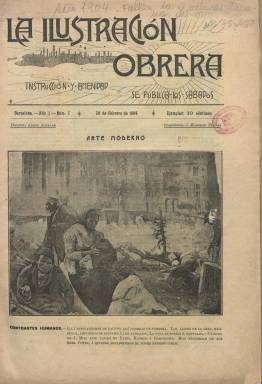
Título: La Ilustración obrera
Colección: Revistas de información general
Ámbito geográfico: Barcelona
Lugar de publicación: Barcelona
Fechas: 20/02/1904-17/12/1904

“Para el obrero nace” esta publicación, con el objeto de atajar la “incultura popular” y ante el sentimiento de “hambre de saber entre las clases desheredadas”, se dice en su artículo de presentación. Aparecerá cada jueves, desde el 20 de febrero de 1904, con asuntos de ciencias, inventos y aplicaciones técnicas, literatura, arte, actualidades, utilidades e instrucción, y en la que colaborarán a lo largo de sus diferentes épocas “plumas ilustres”, como fueron intelectuales de la talla de Joaquín Costa (1846-1911), Adolfo Álvarez Buylla (1850-1927), Miguel de Unamuno (1864-1936) o Rafael Altamira (1866-1951), y dirigentes obreros como Anselmo Lorenzo (1841-1914), Paul Lafargue (1842-1911), Pablo Iglesias (1850-1925) o Federico Urales, seudónimo del anarquista Juan Montseny Carret (1864-1942), entre otros. Juan Carlos Mainer (1978) dirá que es un claro ejemplo de “revista científica obrera” y “portavoz de la intelectualidad sensibilizada hacia los problemas sociales”, y en sus dos primeras entregas se publicarán cartas laudatorias de Unamuno, Eduardo Benot (1822-1907), Gumersindo de Azcárate (1840-1917), Jacinto Octavio Picón (1852-1923), Adolfo González Posada (1860-1944) y Santiago Alba (1872-1949).

Su propietario y editor es J. Masgrau Planas, que había adquirido previamente, en junio de 1903, la revista El Mundo científico (1899) y su primer director, Ángel Alcalde. Cada entrega, en formato folio menor, es de 14 páginas, con foliación seguida, y con una veintena de dibujos, reproducciones pictóricas o fotograbados, por lo que se llegará a calificar de revista obrerista “lujosamente ilustrada”. Su portada es ocupada completamente por una gran ilustración, generalmente un dibujo o una reproducción pictórica con cuadros de carácter social, de Lluís Graner (1863-1929), Ramón Casas (1866-1932), Ricard Opisso (1880-1966) o Pedro de Rojas, entre otros, pero también con fotografías de actualidad política.

“Instrucción y amenidad” es el lema que estampa junto a su cabecera en sus dos primeros números, y cuando haga repaso de su primer año de vida (número 53, de 18 de febrero de 1905), se referirá a su labor de “instruir deleitando” y “propagar la higiene”. El “tono pedagógico” será también el espíritu que inspire a este semanario, que, junto a ateneos, bibliotecas populares o la extensión universitaria, servirá para la culturalización de las clases obreras, coincidiendo con el regeneracionismo educativo de la época (Urrutia León : 1997), y en el caso de esta revista será a través de ofrecer conocimientos de novedades científicas y tecnológicas, de agricultura, arte o literatura, pero también a través de enseñar usos higiénicos, como se concreta en textos como La habitación y la salud o la sección especial Sin hogar sano no puede haber felicidad, dedicada a la casa del obrero, o en el artículo sobre la alimentación y el vestido, del libertario Donato Luben.

Entre sus secciones fijas se encuentra La crónica del sábado, en la que se da cuenta de temas de actualidad, que comenzará a firmar Joaquín Costa y después Juan José Lorente, Miguel de Unamuno o Anselmo Lorenzo. Su carácter informativo y de actualidad lo desarrolla ofreciendo también noticias de las reuniones, mítines, huelgas o subsistencias del movimiento obrero, así como reportajes como el publicado sobre la crisis internacional entre Rusia y Japón. También tratará asuntos educativos, como es el artículo Apuntes pedagógicos, firmado por Manuel Fatjó, o el reportaje sobre la Escuela Moderna de Villanueva y Geltrú. Tiene también secciones de bibliografía y biografía, y aparecerá algún texto sobre el teatro popular o se vulgarizará el derecho en otros firmados por León Pagot, que también dará cuenta de la creación del Instituto de Reformas Sociales. Junto a ello suma su labor divulgativa y de consejos útiles, con textos del propio Ángel Alcalde, Leocadio Martín Ruiz, Augusto Roldán, Francisco P. de Badía, Vicente Orení o el doctor Martínez Vargas. Así como otros de creación literaria, como es el cuento Mater dolorosa, de M. Turmo, y los de Manuel Ugarte, Ricardo León o Eduardo Marquina. Otros colaboradores son Pedro Dorado Moreno (1861-1919), Edmundo González Blanco (1877-1938) o Álvaro de Albornoz (1879-1954).

La colección de este título en la Biblioteca Nacional de España llega hasta la entrega número 44, de su segundo año de edición, correspondiente al 17 de diciembre de 1904, en la que se alcanza la página 700. Pero siguió publicándose, y en el número 73, correspondiente al ocho de julio de 1905, anuncia su despedida temporal y su fusión con la revista El Mundo científico, propiedad también de Masgrau Planas. Volverá a salir, indicando segunda época, pero manteniendo la secuencia, con la entrega número 74, correspondiente al seis de octubre de 1906, es decir, quince meses después. Ahora será dirigida por quien anteriormente había sido uno de sus colaboradores, el dirigente ugetista y socialista catalán Josep Comaposada i Gili (1859-1933), y sólo tirará tres entregas, hasta la número 76 (20 octubre de 1906), con un formato reducido, pero aumentando sus páginas y siendo estas impresas a color, y además reduciendo su carácter divulgativo y aumentando el ideológico y de espíritu anarquista. Es estas en las que aparecen las firmas de Pablo Iglesias, Paul Lafargue, Rodrigo Soriano, José Verdes Montenegro y también, otra vez, la de Unamuno. La revista tendrá una tercera época, reiniciando su secuencia con el número 1, el diez de noviembre de 1906, que abarcará treinta entregas más, por lo menos hasta julio de 1907.

Referencias sobre este título son las de José Carlos Mainer (1977), sobre la lectura obrera en España; la de V.M. Arbeloa (1978), en su serie sobre la prensa obrera española, y las de Manuel María Urrutia León (1997 y 2007), sobre las colaboraciones de Miguel de Unamuno, entre otras.